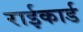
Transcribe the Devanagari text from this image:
राईकार्ड